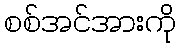
စစ်အင်အားကို